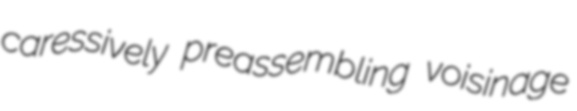
caressively preassembling voisinage